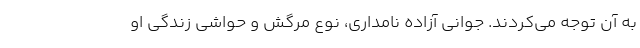
به آن توجه می‌کردند. جوانی آزاده نامداری، نوع مرگش و حواشی زندگی او